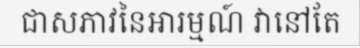
ជាសភាវនៃអារម្មណ៍ វានៅតែ